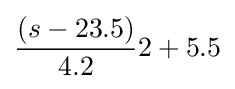
{\frac {(s-23.5)}{4.2}}2+5.5